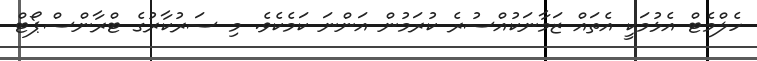
ހެލްމެޓް އެޅުމަކީ އެތައް ޒަމާނަކުއްސުރެ ކުރަމުން އަންނަ ކަމެކެވެ. މި ސަރުކާރުގެ ޓްރާންސްޕޯޓް